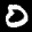
Label: 0